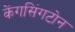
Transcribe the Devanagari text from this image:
केंगसिंगटोन